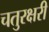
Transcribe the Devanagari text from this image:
चतुरक्षरी